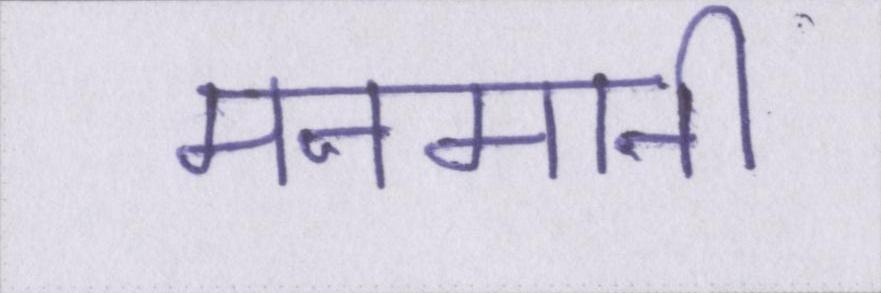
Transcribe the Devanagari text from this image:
मनमानी